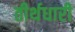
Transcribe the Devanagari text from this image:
तीर्थधारी